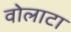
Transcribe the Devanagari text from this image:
वोलाटा